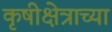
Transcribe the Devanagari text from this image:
कृषीक्षेत्राच्या